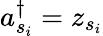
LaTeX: a_{s_{i}}^{\dagger}=z_{s_{i}}